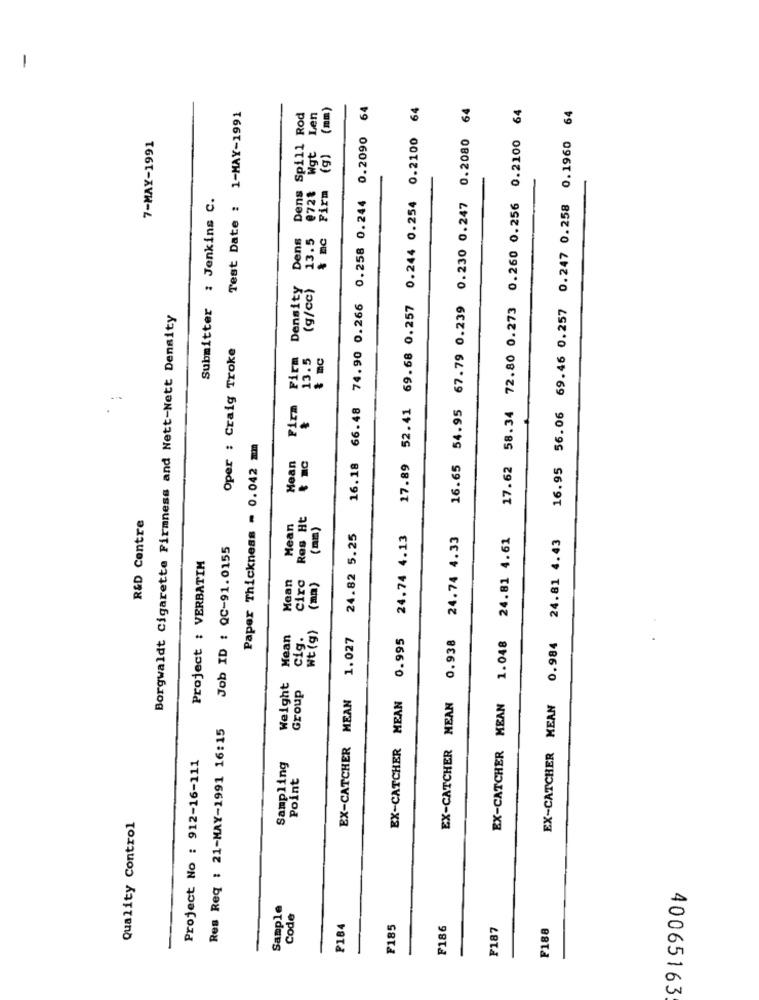
-
(mm)
16.18 66.48 74.90 0.266 0.258 0.244 0.2090 64
17.89 52.41 69.68 0.257 0.244 0.254 0.2100 64
16.65 54.95 67.79 0.239 0.230 0.247 0.2080 64
16.95 56.06 69.46 0.257 0.247 0.258 0.1960 64
Test Date : 1-MAY-1991
Dens Spill Rod
Len
17.62 58.34 72.80 0.273 0.260 0.256 0.2100
7-MAY-1991
@72% Wgt
Firm (g)
Submitter : Jenkins C.
Dens
13.5
% mc
Density
(g/cc)
Borgwaldt Cigarette Firmness and Nett-Nett Density
Oper : Craig Troke
Firm Firm
13.5
& BC
-
Paper Thickness = 0.042 mm
Mean
R&D Centre
Res Ht
Mean
(mm)
24.82 5.25
24.74 4.13
EX-CATCHER MEAN 0.938 24.74 4.33
EX-CATCHER MEAN 1.048 24.81 4.61
EX-CATCHER MEAN 0.984 24.81 4.43
Job ID : QC-91.0155
Project : VERBATIM
Mean
ciro
(mm)
Wt (g)
Mean
cig.
1.027
EX-CATCHER MEAN 0.995
Weight
Group
EX-CATCHER MEAN
Res Req : 21-MAY-1991 16:15
Project No : 912-16-111
Sampling
Point
Quality Control
Sample
Code
P184
₣185
F186
F187
F188
40065163